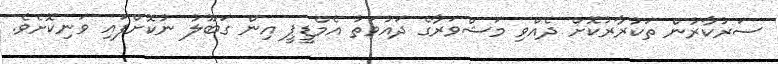
ސަރުކާރުން ތަކުރާރުކޮށް ދެއްވި މަޝްވަރާގެ ދައުވަތު އެމްޑީޕީ އިން ގަބޫލު ނުކޮށްފައި ވަނިކޮށެވެ.